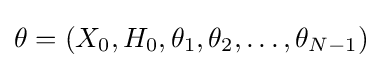
\theta =(X_{0},H_{0},\theta _{1},\theta _{2},\dots ,\theta _{N-1})